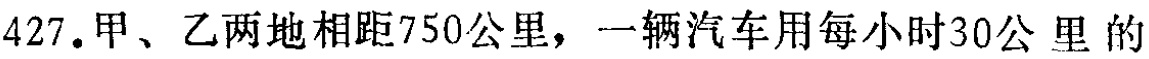
427.甲、乙两地相距750公里，一辆汽车用每小时30公 里 的